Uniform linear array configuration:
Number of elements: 12
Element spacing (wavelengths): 0.25
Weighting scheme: hamming
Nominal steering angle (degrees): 45
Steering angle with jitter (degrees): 46.174
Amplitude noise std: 0.05
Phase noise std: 0.05

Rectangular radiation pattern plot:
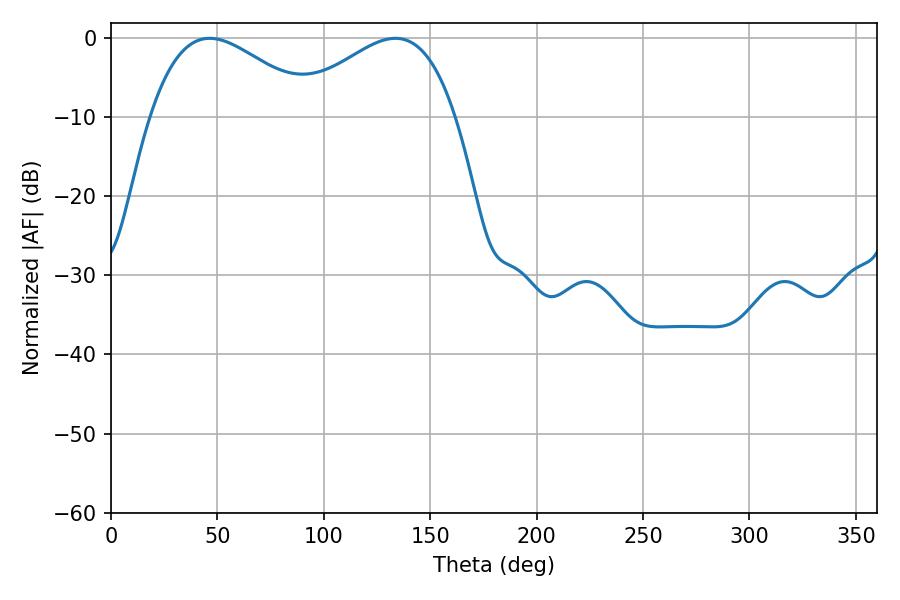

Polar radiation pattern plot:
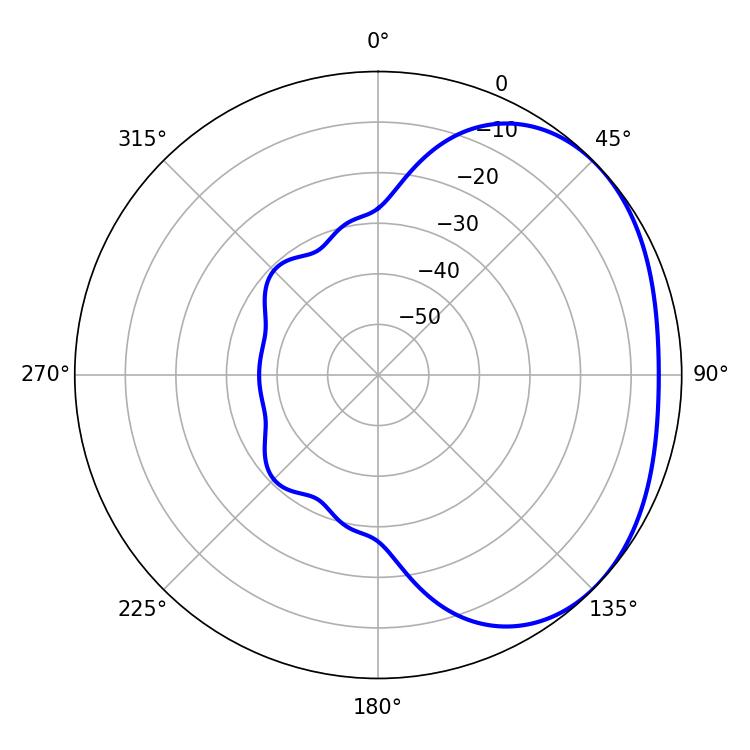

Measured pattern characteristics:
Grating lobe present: FALSE
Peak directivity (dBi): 2.299
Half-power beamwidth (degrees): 42.12
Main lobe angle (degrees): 46.44